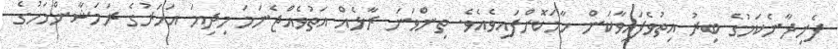
ފެށިދާނެކަމުގެ ބިރު އިތުވެފައިވާކަން ހާމަކޮށްފައިވެއެވެ. ތިންވަނަ ރާޅެއް އަތުވެއްޖެނަމަ މިދިޔަ އަހަރުގެ ރަމަޝާންމަހުގެ